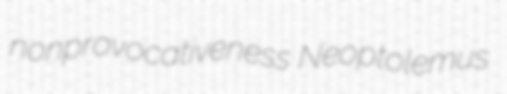
nonprovocativeness Neoptolemus